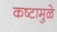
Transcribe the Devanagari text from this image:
कष्टामुळे